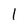
Character: 1